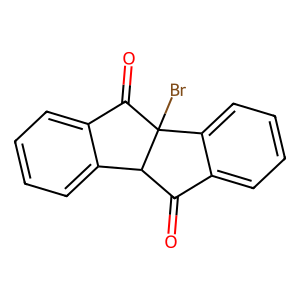
SMILES: O=C1c2ccccc2C2(Br)C(=O)c3ccccc3C12
Inhibits HIV replication: No